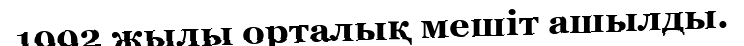
1992 жылы орталық мешіт ашылды.